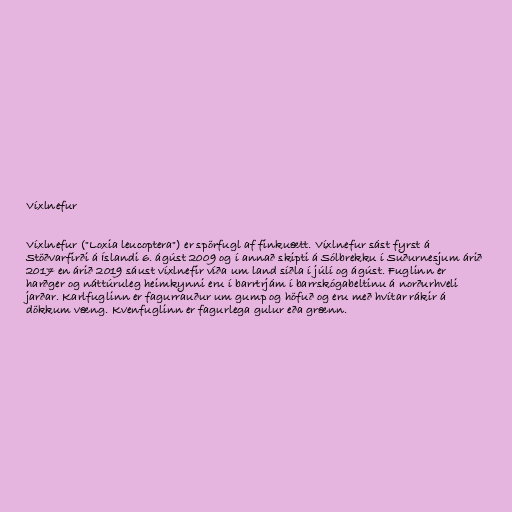
Víxlnefur

Víxlnefur ("Loxia leucoptera") er spörfugl af finkuætt. Víxlnefur sást fyrst á
Stöðvarfirði á Íslandi 6. ágúst 2009 og í annað skipti á Sólbrekku í Suðurnesjum árið
2017 en árið 2019 sáust víxlnefir víða um land síðla í júlí og ágúst. Fuglinn er
harðger og náttúruleg heimkynni eru í barrtrjám í barrskógabeltinu á norðurhveli
jarðar. Karlfuglinn er fagurrauður um gump og höfuð og eru með hvítar rákir á
dökkum væng. Kvenfuglinn er fagurlega gulur eða grænn.